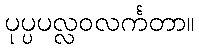
ပုပ္ပပလ္လဝလင်္ကတာ။